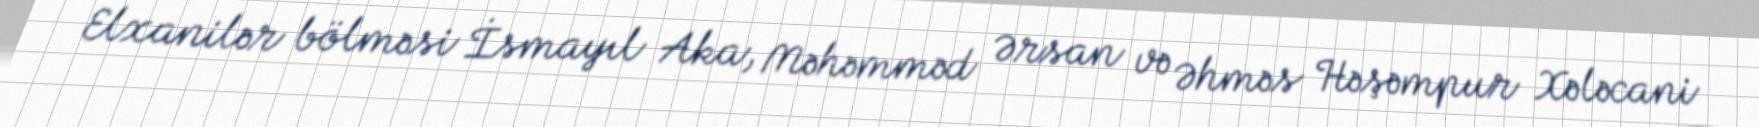
Elxanilər bölməsi İsmayıl Aka, Məhəmməd Ərsan və Əhməs Həşəmpur Xələcani